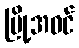
မြို့အဝင်